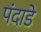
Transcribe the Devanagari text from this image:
पंदाडे